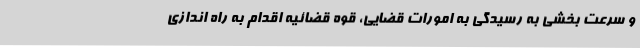
و سرعت بخشی به رسیدگی به امورات قضایی، قوه قضائیه اقدام به راه اندازی